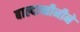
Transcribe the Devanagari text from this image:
बाल्दाच्चीनीने